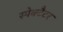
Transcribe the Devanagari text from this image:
स्पेक्टैटर